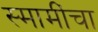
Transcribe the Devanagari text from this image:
स्मामींचा